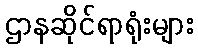
ဌာနဆိုင်ရာရုံးများ